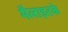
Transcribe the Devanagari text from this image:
मैलाइतके